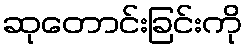
ဆုတောင်းခြင်းကို